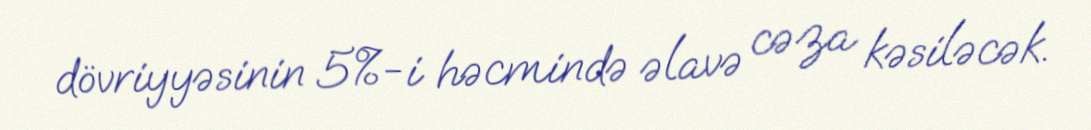
dövriyyəsinin 5%-i həcmində əlavə cəza kəsiləcək.